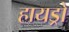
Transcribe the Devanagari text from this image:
हायड्रो